Leaving Certificate Examination (including Day School Certificate (Higher) General paper), 1937
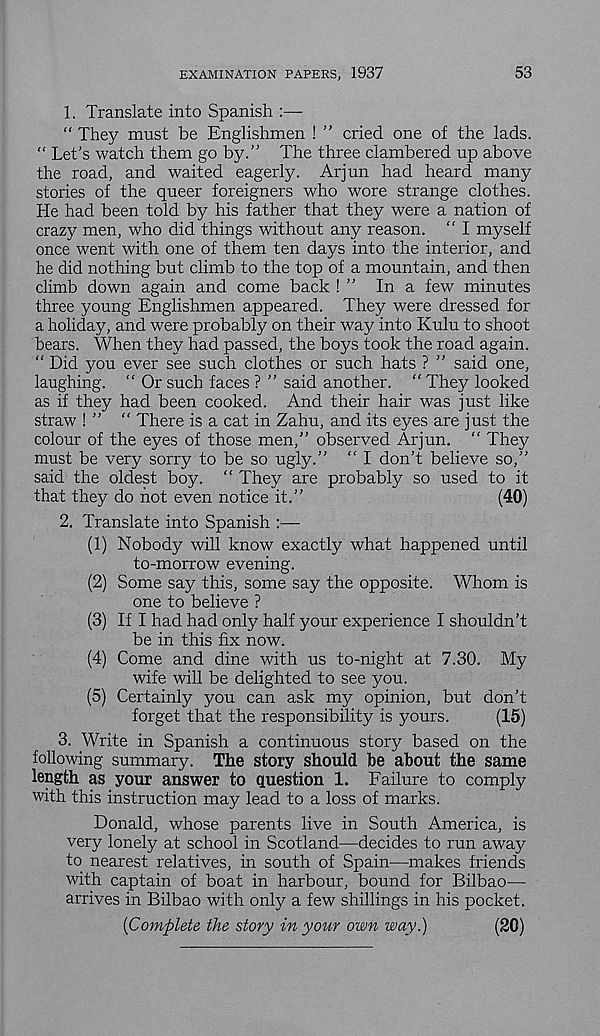
EXAMINATION PAPERS, 1937
53
1. Translate into Spanish :—
“ They must be Englishmen ! ” cried one of the lads.
“ Let’s watch them go by.” The three clambered up above
the road, and waited eagerly. Arjun had heard many
stories of the queer foreigners who wore strange clothes.
He had been told by his father that they were a nation of
crazy men, who did things without any reason. “ I myself
once went with one of them ten days into the interior, and
he did nothing but climb to the top of a mountain, and then
climb down again and come back ! ” In a few minutes
three young Englishmen appeared. They were dressed for
a holiday, and were probably on their way into Kulu to shoot
bears. When they had passed, the boys took the road again.
“ Did you ever see such clothes or such hats ? ” said one,
laughing. “ Or such faces ? ” said another. “ They looked
as if they had been cooked. And their hair was just like
straw ! ” “ There is a cat in Zahu, and its eyes are just the
colour of the eyes of those men,” observed Arjun. “ They
must be very sorry to be so ugly.” “ I don’t believe so,”
said the oldest boy. “ They are probably so used to it
that they do not even notice it.”
(40)
2. Translate into Spanish :—
(1) Nobody will know exactly what happened until
to-morrow evening.
(2) Some say this, some say the opposite. Whom is
one to believe ?
(3) If I had had only half your experience I shouldn’t
be in this fix now.
(4) Come and dine with us to-night at 7.30. My
wife will be delighted to see you.
(5) Certainly you can ask my opinion, but don’t
forget that the responsibility is yours.
(15)
3. Write in Spanish a continuous story based on the
following summary. The story should be about the same
length as your answer to question 1. Failure to comply
with this instruction may lead to a loss of marks.
Donald, whose parents live in South America, is
very lonely at school in Scotland—decides to run away
to nearest relatives, in south of Spain—makes friends
with captain of boat in harbour, bound for Bilbao—
arrives in Bilbao with only a few shillings in his pocket.
[Complete the story in your own way.)
(20)